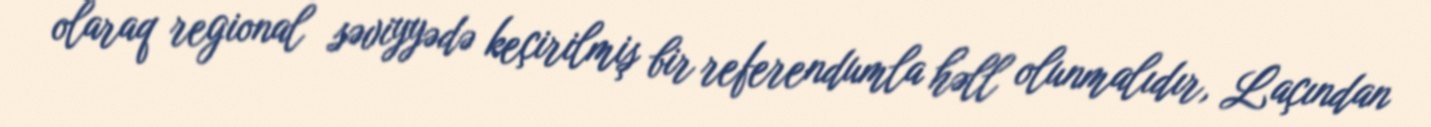
olaraq regional səviyyədə keçirilmiş bir referendumla həll olunmalıdır, Laçından